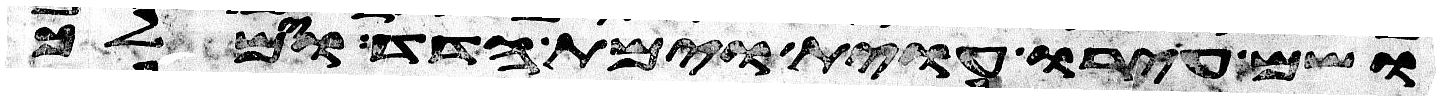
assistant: ושם עירו עוית וימת הדד וימלך